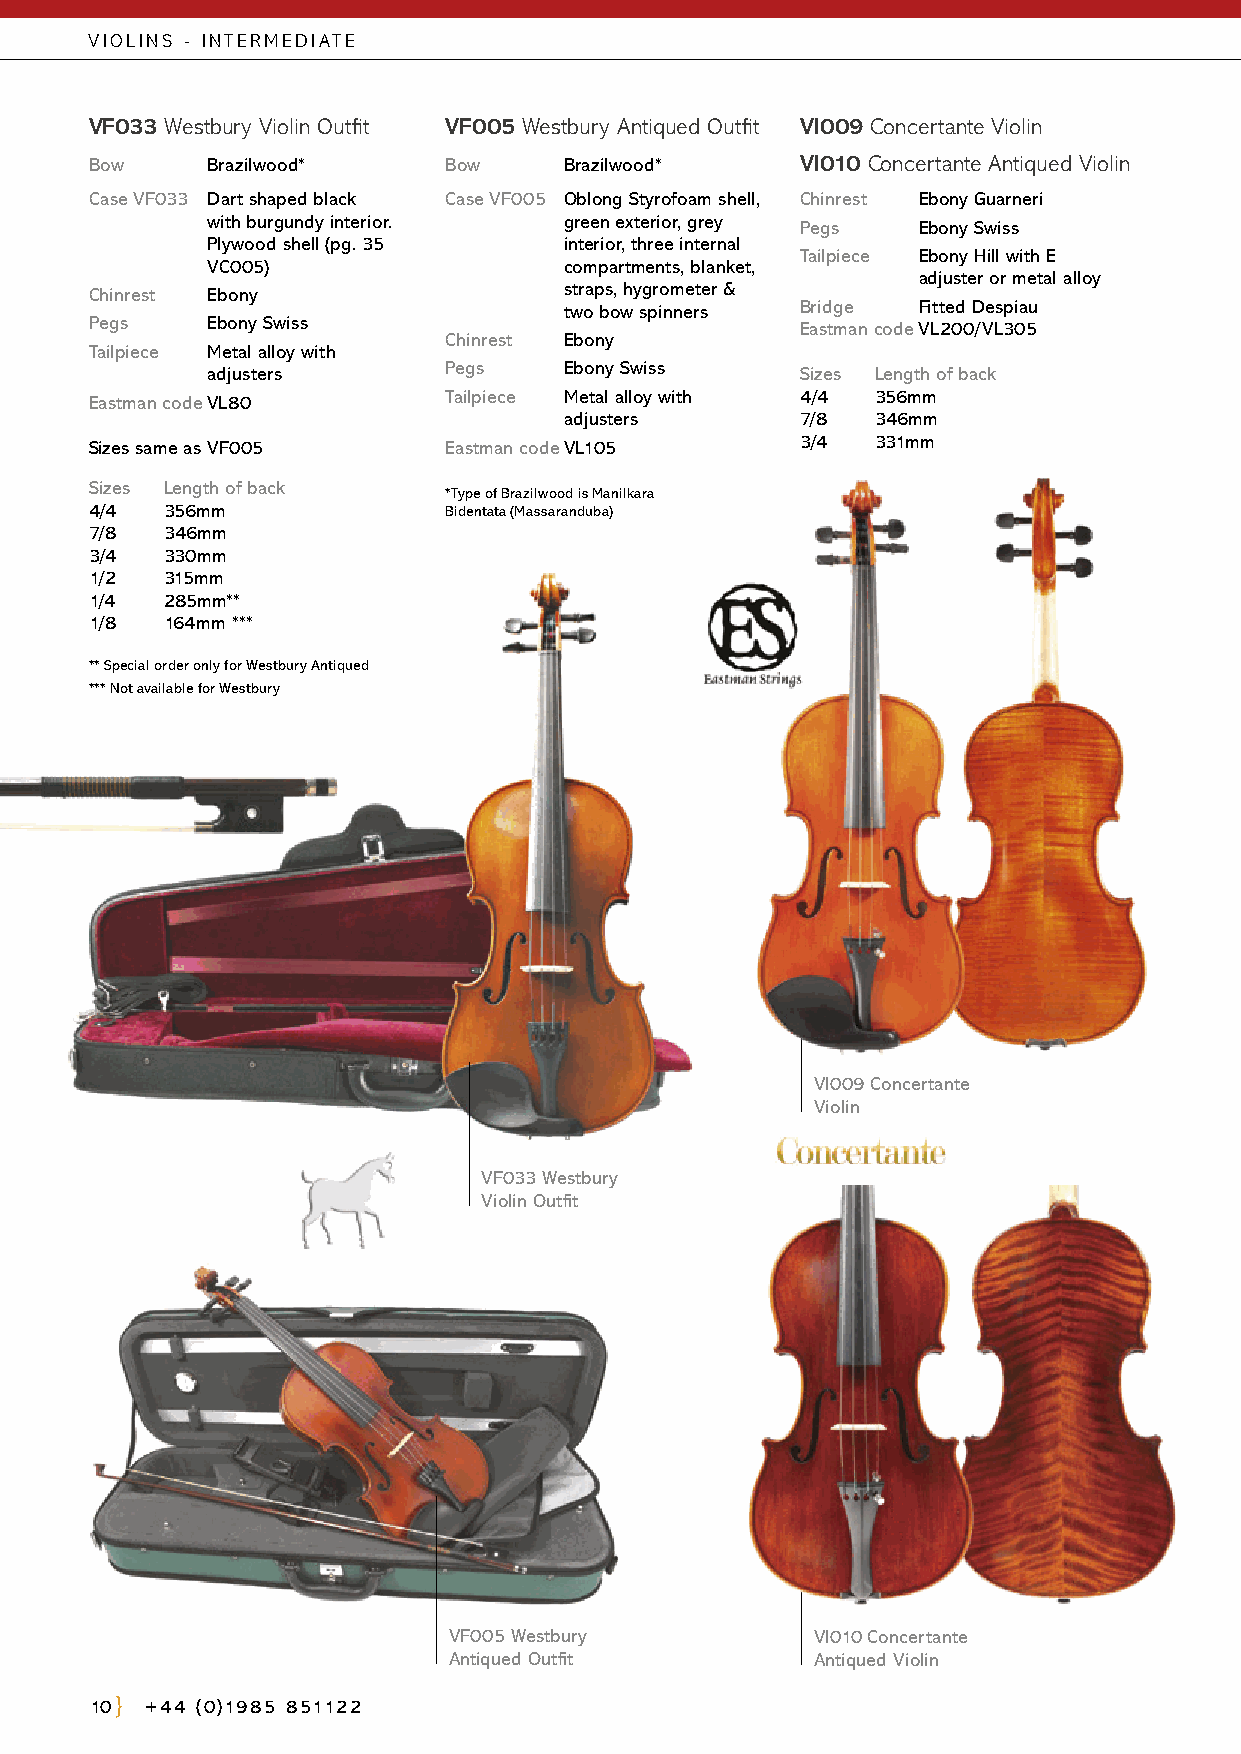
VIOLINS - INTERMEDIATE
 VF033 Westbury Violin Outfit VF005 Westbury Antiqued Outfit VI009 Concertante Violin
 Bow     Brazilwood*    Bow     Brazilwood*     VI010 Concertante Antiqued Violin
 Case VF033 Dart shaped black Case VF005 O blong Styrofoam shell, Chinrest Ebony Guarneri
 with burgundy interior. green exterior, grey Pegs Ebony Swiss
 Plywood shell (pg. 35  interior, three internal
 Tailpiece Ebony Hill with E
 VC005)                 compartments, blanket,
 adjuster or metal alloy
 Chinrest Ebony                 straps, hygrometer &
 two bow spinners Bridge Fitted Despiau
 Pegs    Ebony Swiss                            Eastman code VL200/VL305
 Chinrest Ebony
 Tailpiece Metal alloy with
 adjusters      Pegs    Ebony Swiss     Sizes Length of back
 Eastman code VL80      Tailpiece Metal alloy with 4/4 356mm
 adjusters       7/8  346mm
 Sizes same as VF005    Eastman code VL105      3/4  331mm
 Sizes Length of back
 *Type of Brazilwood is Manilkara
 4/4  356mm             Bidentata (Massaranduba)
 7/8  346mm
 3/4  330mm
 1/2  315mm
 1/4  285mm**
 1/8  164mm ***
 ** Special order only for Westbury Antiqued
 *** Not available for Westbury
 VI009 Concertante
 Violin
 VF033 Westbury
 Violin Outfit
 VF005 Westbury          VI010 Concertante
 Antiqued Outfit         Antiqued Violin
 10  +44 (0)1985 851122